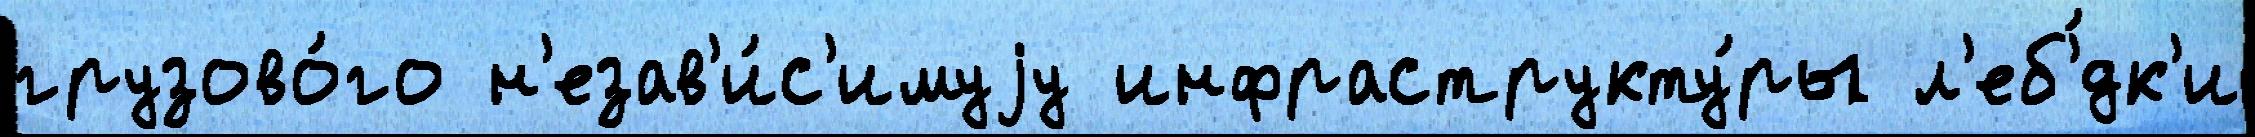
грузово́го н'езав'и́с'имуjу инфраструкту́ры л'еб'́дк'и